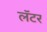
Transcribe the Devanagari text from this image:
लॅटर